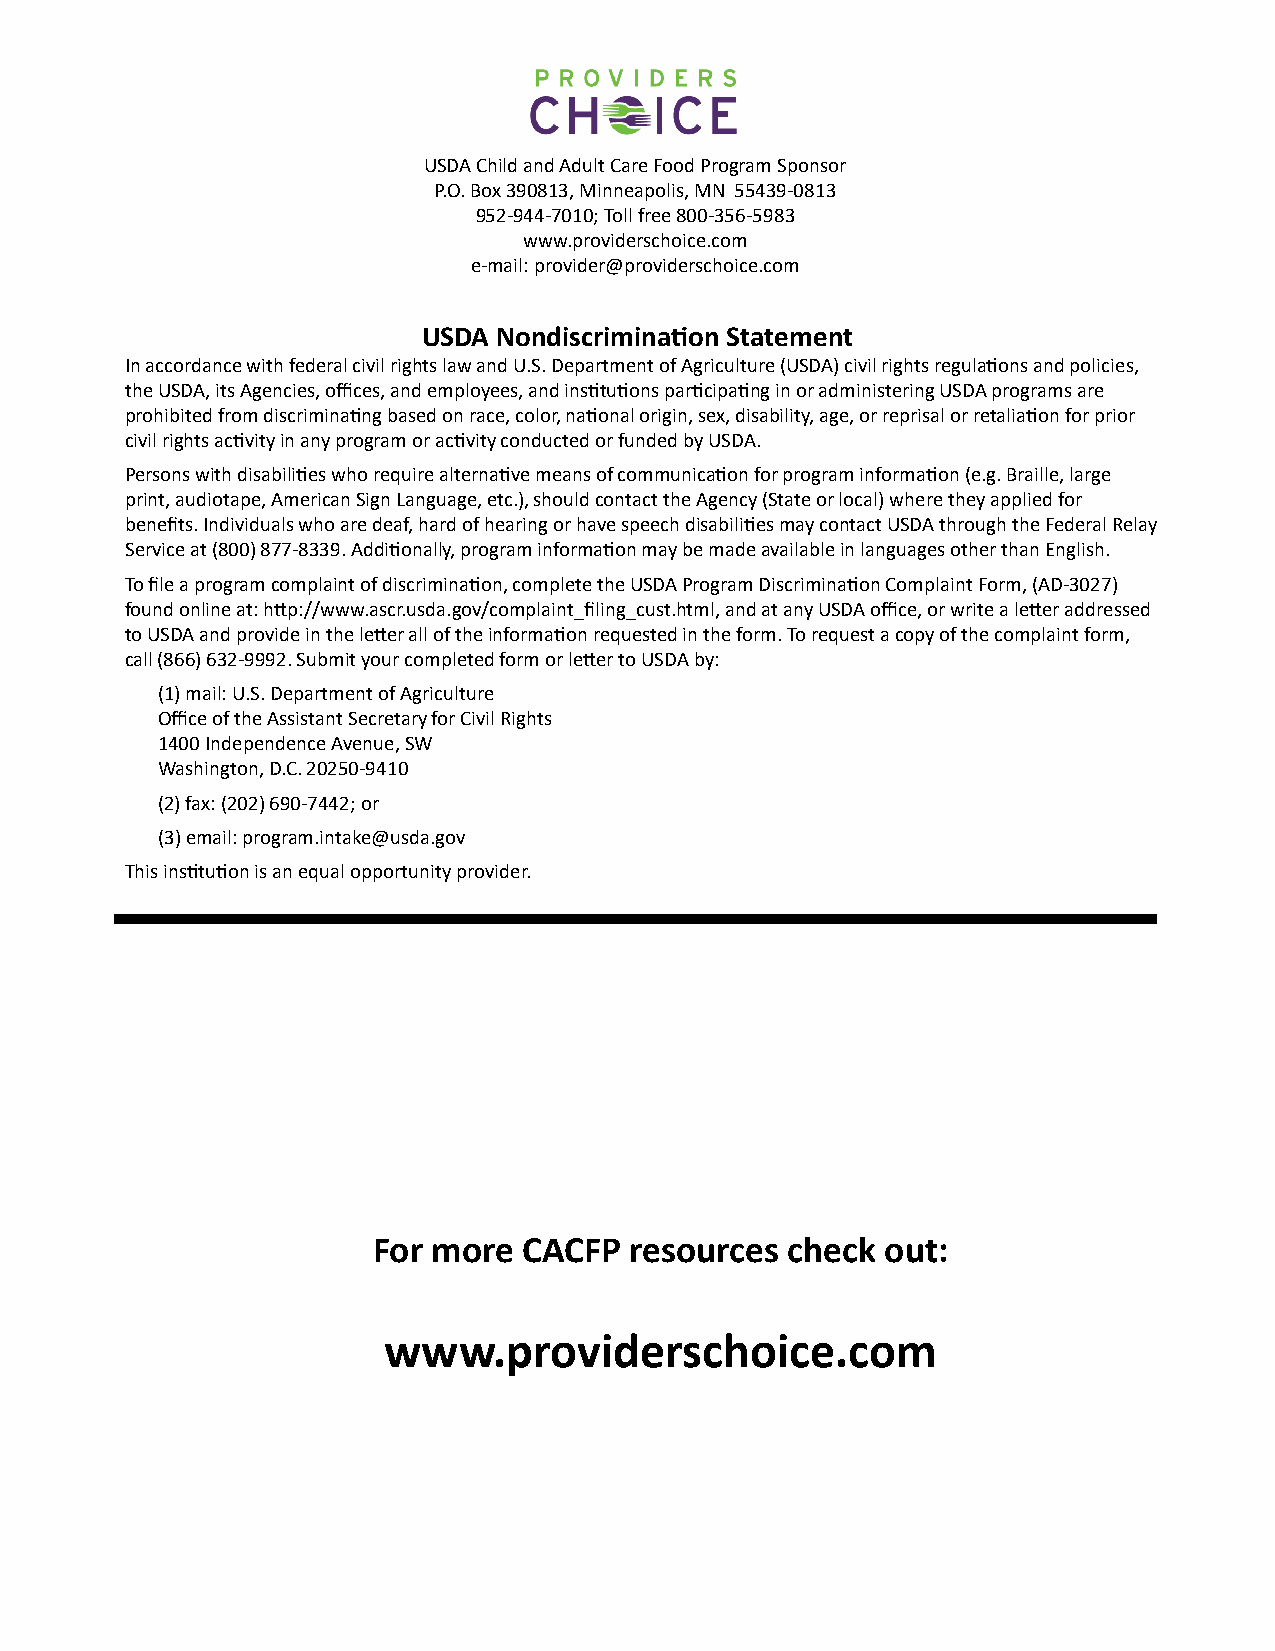
USDA Child and Adult Care Food Program Sponsor
 P.O. Box 390813, Minneapolis, MN 55439-0813
 952-944-7010; Toll free 800-356-5983
 www.providerschoice.com
 e-mail: provider@providerschoice.com
 USDA Nondiscrimination Statement
 In accordance with federal civil rights law and U.S. Department of Agriculture (USDA) civil rights regulations and policies,
 the USDA, its Agencies, offices, and employees, and institutions participating in or administering USDA programs are
 prohibited from discriminating based on race, color, national origin, sex, disability, age, or reprisal or retaliation for prior
 civil rights activity in any program or activity conducted or funded by USDA.
 Persons with disabilities who require alternative means of communication for program information (e.g. Braille, large
 print, audiotape, American Sign Language, etc.), should contact the Agency (State or local) where they applied for
 benefits. Individuals who are deaf, hard of hearing or have speech disabilities may contact USDA through the Federal Relay
 Service at (800) 877-8339. Additionally, program information may be made available in languages other than English.
 To file a program complaint of discrimination, complete the USDA Program Discrimination Complaint Form, (AD-3027)
 found online at: http://www.ascr.usda.gov/complaint_filing_cust.html, and at any USDA office, or write a letter addressed
 to USDA and provide in the letter all of the information requested in the form. To request a copy of the complaint form,
 call (866) 632-9992. Submit your completed form or letter to USDA by:
 (1)mail: U.S. Department of Agriculture
 Office of the Assistant Secretary for Civil Rights
 1400 Independence Avenue, SW
 Washington, D.C. 20250-9410
 (2)fax: (202) 690-7442; or
 (3)email: program.intake@usda.gov
 This institution is an equal opportunity provider.
 For more  CACFP  resources check  out:
 www.providerschoice.com